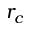
r _ { c }